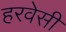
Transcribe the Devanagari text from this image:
हरवेसी